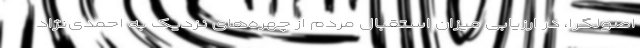
اصولگرا، در ارزیابی میزان استقبال مردم از چهره‌های نزدیک به احمدی‌نژاد